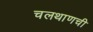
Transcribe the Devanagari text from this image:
चलथाणची